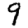
Digit: 9